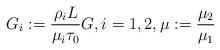
LaTeX: \begin{align*}G_i:= \frac{\rho_iL}{\mu_i \tau_0}G,i=1,2,\mu:=\frac{\mu_2}{\mu_1}\end{align*}